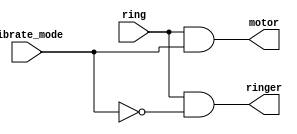
module top_module (
    input ring,
    input vibrate_mode,
    output ringer,       // Make sound
    output motor         // Vibrate
);

    // The motor is on when vibrate_mode is 1 and there is an incoming call (ring).
    assign motor = ring & vibrate_mode;

    // The ringer is on when vibrate_mode is 0 and there is an incoming call (ring).
    assign ringer = ring & ~vibrate_mode;

endmodule